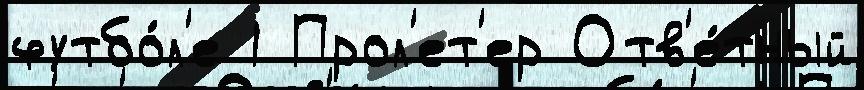
футбо́л'е 1 Прол'ет'ер Отв'е́тный